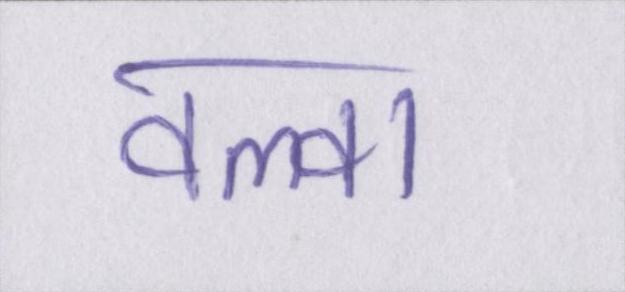
वल्वा